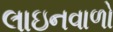
લાઇનવાળો